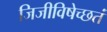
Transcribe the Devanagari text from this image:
जिजीविषेच्छतं